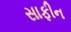
સાફીન